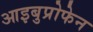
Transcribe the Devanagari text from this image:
आइबुप्रोफेन